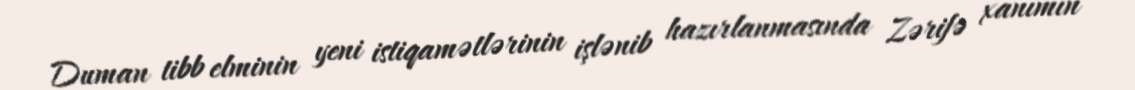
Duman tibb elminin yeni istiqamətlərinin işlənib hazırlanmasında Zərifə xanımın